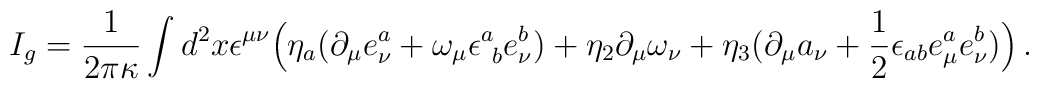
I_g=\frac{1}{2\pi \kappa}\int d^2 x \epsilon^{\mu\nu}\Bigl(\eta_a (\partial_\mu e^a_\nu + \omega_\mu \epsilon^a_{~b} e^b_\nu ) +\eta_2 \partial_\mu\omega_\nu+\eta_3 (\partial_\mu a_\nu+\frac{1}{2}\epsilon_{ab} e^a_\mu e^b_\nu)\Bigr)\,.